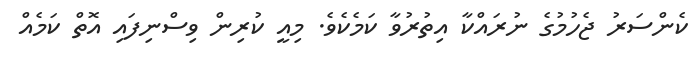
ކެންސަރު ޖެހުމުގެ ނުރައްކާ އިތުރުވާ ކަމެކެވެ. މިއީ ކުރިން ވިސްނިފައި އޮތް ކަމެއް